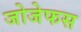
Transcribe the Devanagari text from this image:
जोजेफस